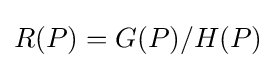
R(P)=G(P)/H(P)